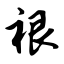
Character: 裉